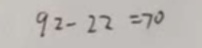
9 2 - 2 2 = 7 0